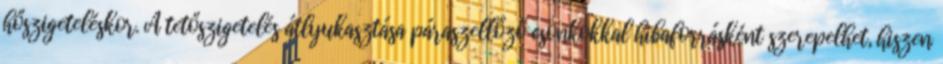
hőszigeteléskor. A tetőszigetelés átlyukasztása páraszellőző csonkokkal hibaforrásként szerepelhet, hiszen